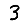
Digit: 3